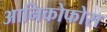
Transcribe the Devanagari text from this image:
आनिकोफोरा